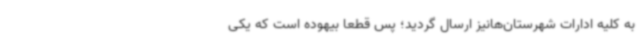
به کلیه ادارات شهرستان‌هانیز ارسال گردید؛ پس قطعاً بیهوده است که یکی